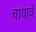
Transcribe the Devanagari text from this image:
चावावे